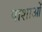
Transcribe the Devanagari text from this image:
पाशाओं